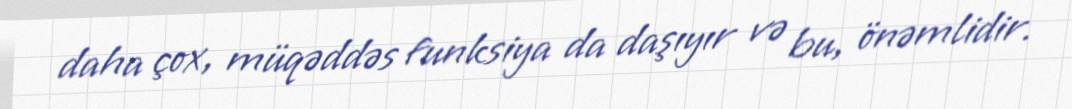
daha çox, müqəddəs funksiya da daşıyır və bu, önəmlidir.